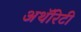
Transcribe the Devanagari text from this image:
अथॅरिटी